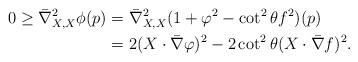
LaTeX: \begin{align*} 0\geq \bar{\nabla}^2_{X, X} \phi (p) &=\bar{\nabla}^2_{X, X}(1+\varphi^2-\cot^2 \theta f^2) (p) \\ &=2(X \cdot \bar{\nabla} \varphi)^2-2\cot^2 \theta (X\cdot \bar{\nabla}f)^2. \end{align*}